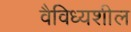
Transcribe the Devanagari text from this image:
वैविध्यशील